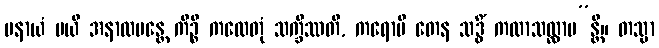
ပနာယံ မယိ အနာလပန္တေ ကိဉ္စိ ကထေတုံ သက္ခိဿတိ, ကရောမိ တေန သဒ္ဓိံ ကထာသလ္လာပ”န္တိ။ တသ္မာ